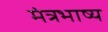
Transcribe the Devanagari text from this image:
मंत्रभाष्य